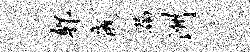
郫俄漏洲